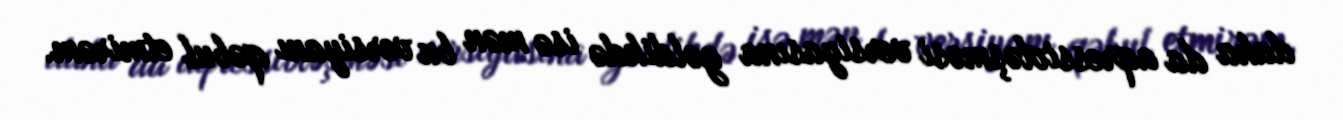
daha da aqressivləşməsi versiyasına gəldikdə isə mən bu versiyanı qəbul etmirəm.